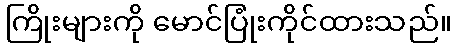
ကြိုးများကို မောင်ပြုံးကိုင်ထားသည်။